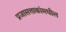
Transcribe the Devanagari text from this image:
प्रजासत्ताकांमधील